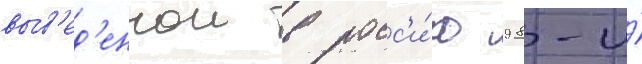
выв'ед'еннои в росс'и́ю 98-и́